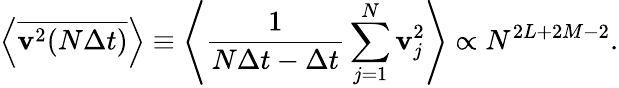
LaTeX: \left<\overline{{\mathbf{v}^{2}(N\Delta t)}}\right>\equiv\left<\frac{1}{N\Delta t-\Delta t}\sum_{j=1}^{N}\mathbf{v}_{j}^{2}\right>\propto N^{2L+2M-2}.